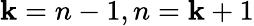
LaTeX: \mathbf{k}=n-1,n=\mathbf{k}+1